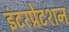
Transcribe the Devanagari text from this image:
इंटरप्रेटशन